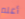
أعلم